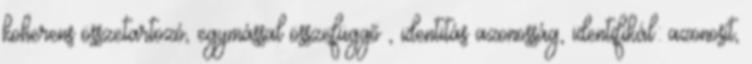
koherens összetartozó, egymással összefüggő , identitás azonosság, identifikál: azonosít,